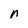
Character: n